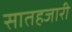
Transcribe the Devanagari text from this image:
सातहजारी